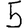
Digit: 5